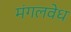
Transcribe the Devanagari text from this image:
मंगलवेध